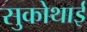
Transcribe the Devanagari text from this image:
सुकोथाई